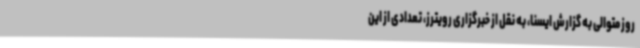
روز متوالی به گزارش ایسنا، به نقل از خبرگزاری رویترز، تعدادی از این